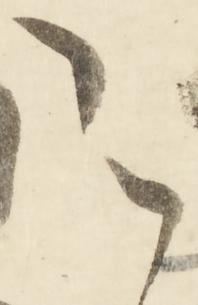
之